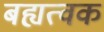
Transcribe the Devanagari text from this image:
बह्यत्वक